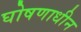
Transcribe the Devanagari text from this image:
घोषणाधीन